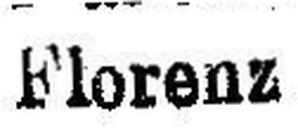
Florenz